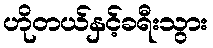
ဟိုတယ်နှင့်ခရီးသွား